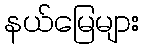
နယ်မြေများ